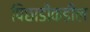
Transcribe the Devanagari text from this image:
पिछाडीकडील